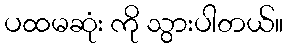
ပထမဆုံး ကို သွားပါတယ်။